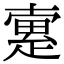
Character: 𤴡